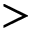
>